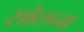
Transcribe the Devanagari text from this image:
सोलना